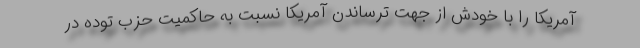
آمریكا را با خودش از جهت ترساندن آمریكا نسبت به حاكمیت حزب توده در